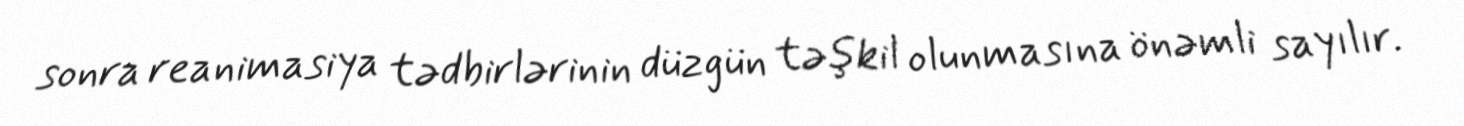
sonra reanimasiya tədbirlərinin düzgün təşkil olunmasına önəmli sayılır.